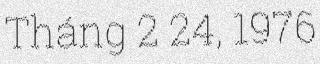
Tháng 2 24, 1976